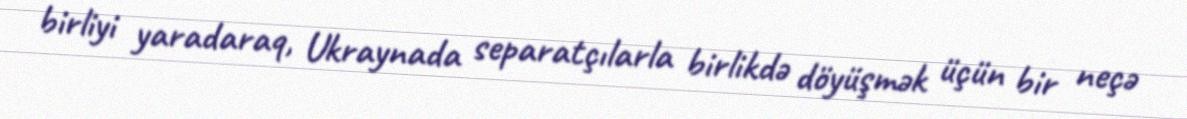
birliyi yaradaraq, Ukraynada separatçılarla birlikdə döyüşmək üçün bir neçə